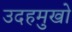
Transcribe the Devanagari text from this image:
उदहमुखो